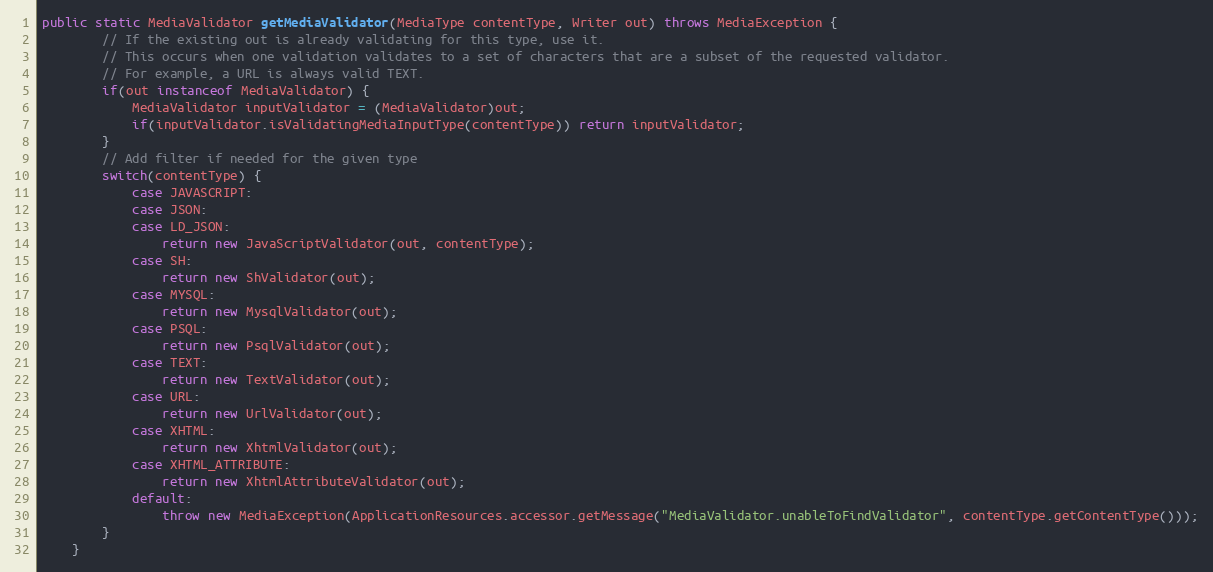
Language: Java
public static MediaValidator getMediaValidator(MediaType contentType, Writer out) throws MediaException {
		// If the existing out is already validating for this type, use it.
		// This occurs when one validation validates to a set of characters that are a subset of the requested validator.
		// For example, a URL is always valid TEXT.
		if(out instanceof MediaValidator) {
			MediaValidator inputValidator = (MediaValidator)out;
			if(inputValidator.isValidatingMediaInputType(contentType)) return inputValidator;
		}
		// Add filter if needed for the given type
		switch(contentType) {
			case JAVASCRIPT:
			case JSON:
			case LD_JSON:
				return new JavaScriptValidator(out, contentType);
			case SH:
				return new ShValidator(out);
			case MYSQL:
				return new MysqlValidator(out);
			case PSQL:
				return new PsqlValidator(out);
			case TEXT:
				return new TextValidator(out);
			case URL:
				return new UrlValidator(out);
			case XHTML:
				return new XhtmlValidator(out);
			case XHTML_ATTRIBUTE:
				return new XhtmlAttributeValidator(out);
			default:
				throw new MediaException(ApplicationResources.accessor.getMessage("MediaValidator.unableToFindValidator", contentType.getContentType()));
		}
	}